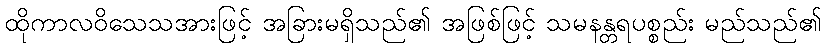
ထိုကာလဝိသေသအားဖြင့် အခြားမရှိသည်၏ အဖြစ်ဖြင့် သမနန္တရပစ္စည်း မည်သည်၏